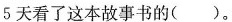
5天看了这本故事书的()。